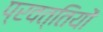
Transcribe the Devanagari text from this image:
प्रवत्तियों